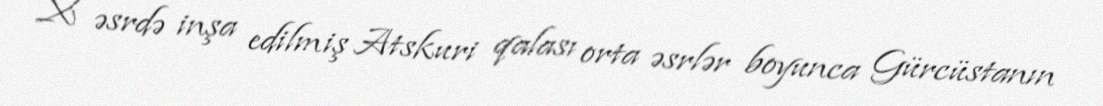
X əsrdə inşa edilmiş Atskuri qalası orta əsrlər boyunca Gürcüstanın